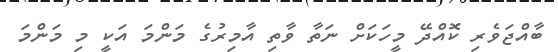
ބާއްޖަވެރި ކޮއްދޭ މީހަކަށް ނަތާ ވާތި އާމިރުގެ މަންމަ އަކީ މި މަންމަ